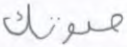
صوتك